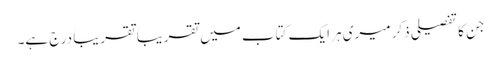
جن کا تفصیلی ذکر میری ہر ایک کتاب میں تقریباََ تقریباََ درج ہے۔